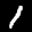
Label: 1